Calcutta medical institutions reports 1892-1900
Year: 1892
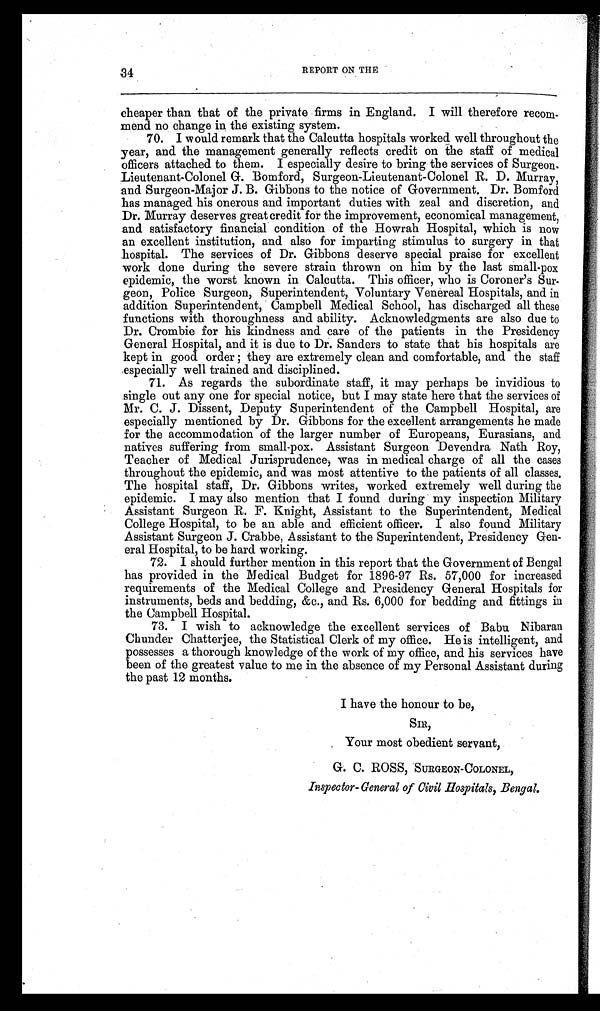
34
REPORT ON THE
cheaper than that of the private firms in England. I will therefore recom-
mend no change in the existing system.
70. I would remark that the Calcutta hospitals worked well throughout the
year, and the management generally reflects credit on the staff of medical
officers attached to them. I especially desire to bring the services of Surgeon-
Lieutenant-Colonel G. Bomford, Surgeon-Lieutenant-Colonel R. D. Murray,
and Surgeon-Major J. B. Gibbons to the notice of Government. Dr. Bomford
has managed his onerous and important duties with zeal and discretion, and
Dr. Murray deserves great credit for the improvement, economical management,
and satisfactory financial condition of the Howrah Hospital, which is now
an excellent institution, and also for imparting stimulus to surgery in that
hospital. The services of Dr. Gibbons deserve special praise for excellent
work done during the severe strain thrown on him by the last small-pox
epidemic, the worst known in Calcutta. This officer, who is Coroner’s Sur-
geon, Police Surgeon, Superintendent, Voluntary Venereal Hospitals, and in
addition Superintendent, Campbell Medical School, has discharged all these
functions with thoroughness and ability. Acknowledgments are also due to
Dr. Crombie for his kindness and care of the patients in the Presidency
General Hospital, and it is due to Dr. Sanders to state that his hospitals are
kept in good order ; they are extremely clean and comfortable, and the staff
especially well trained and disciplined.
71. As regards the subordinate staff, it may perhaps be invidious to
single out any one for special notice, but I may state here that the services of
Mr. C. J. Dissent, Deputy Superintendent of the Campbell Hospital, are
especially mentioned by Dr. Gibbons for the excellent arrangements he made
for the accommodation of the larger number of Europeans, Eurasians, and
natives suffering from small-pox. Assistant Surgeon Devendra Nath Roy,
Teacher of Medical Jurisprudence, was in medical charge of all the cases
throughout the epidemic, and was most attentive to the patients of all classes.
The hospital staff, Dr. Gibbons writes, worked extremely well during the
epidemic. I may also mention that I found during my inspection Military
Assistant Surgeon R. F. Knight, Assistant to the Superintendent, Medical
College Hospital, to be an able and efficient officer. I also found Military
Assistant Surgeon J. Crabbe, Assistant to the Superintendent, Presidency Gen-
eral Hospital, to be hard working.
72. I should further mention in this report that the Government of Bengal
has provided in the Medical Budget for 1896-97 Rs. 57,000 for increased
requirements of the Medical College and Presidency General Hospitals for
instruments, beds and bedding, &c., and Rs. 6,000 for bedding and fittings in
the Campbell Hospital.
73. I wish to acknowledge the excellent services of Babu Nibaran
Chunder Chatterjee, the Statistical Clerk of my office. He is intelligent, and
possesses a thorough knowledge of the work of my office, and his services have
been of the greatest value to me in the absence of my Personal Assistant during
the past 12 months.
I have the honour to be,
SIR,
Your most obedient servant,
G. C. ROSS, SURGEON-COLONEL,
Inspector- General of Civil Hospitals, Bengal.